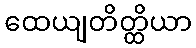
ထေယျတိတ္ထိယာ